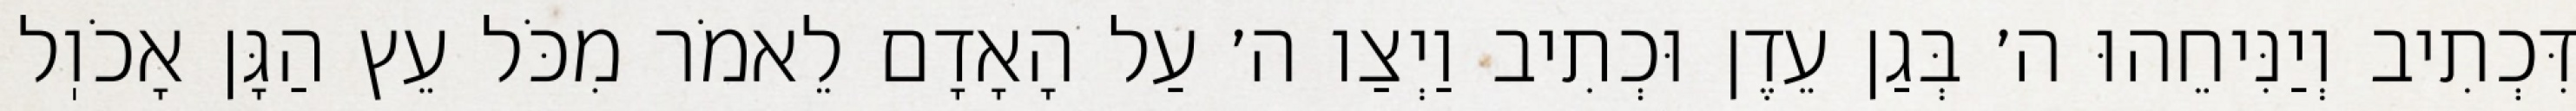
דִּכְתִיב וְיַנִּיחֵהוּ ה׳ בְּגַן עֵדֶן וּכְתִיב וַיְצַו ה׳ עַל הָאָדָם לֵאמֹר מִכֹּל עֵץ הַגָּן אָכֹוֽל